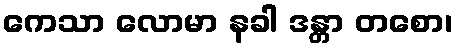
ကေသာ လောမာ နခါ ဒန္တာ တစော၊